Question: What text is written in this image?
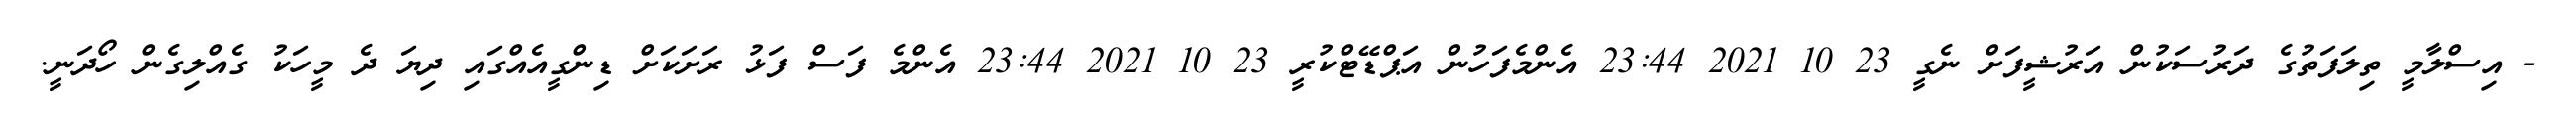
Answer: - އިސްލާމީ ތިލަފަތުގެ ދަރުސަކުން އަރުޝީފަށް ނެގީ 23 10 2021 23:44 އެންމެފަހުން އަޕްޑޭޓްކުރީ 23 10 2021 23:44 އެންމެ ފަސް ފަޅު ރަށަކަށް ޑިންގީއެއްގައި ދިޔަ ދެ މީހަކު ގެއްލިގެން ހޯދަނީ.